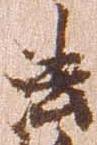
法